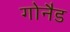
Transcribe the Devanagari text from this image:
गोनैड